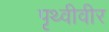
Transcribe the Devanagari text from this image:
पृथ्वीवीर